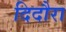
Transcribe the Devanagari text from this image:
दिदौरा